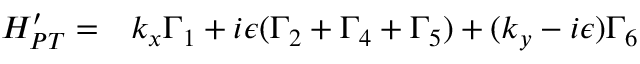
\begin{array} { r l } { H _ { P T } ^ { \prime } = } & { { } k _ { x } \Gamma _ { 1 } + i \epsilon ( \Gamma _ { 2 } + \Gamma _ { 4 } + \Gamma _ { 5 } ) + ( k _ { y } - i \epsilon ) \Gamma _ { 6 } } \end{array}